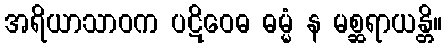
အရိယာသာဝက ပဋိဝေဓ ဓမ္မံ န မစ္ဆရာယန္တိ။